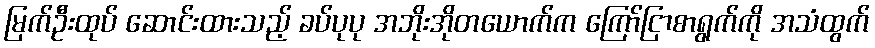
မြက်ဦးထုပ် ဆောင်းထားသည့် ခပ်ပုပု အဘိုးအိုတယောက်က ကြော်ငြာစာရွက်ကို အသံထွက်